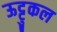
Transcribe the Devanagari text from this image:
ऊट्टुकल